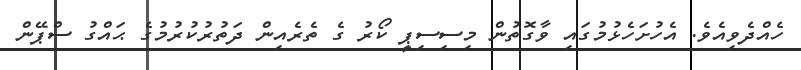
ހެއްދެވިއެވެ. އެހުށަހެޅުމުގައި ވާގޮތުން މިސިސިޕީ ކޯރު ގެ ތެރެއިން ދަތުރުކުރުމުގެ ޙައްގު ސްޕޭން